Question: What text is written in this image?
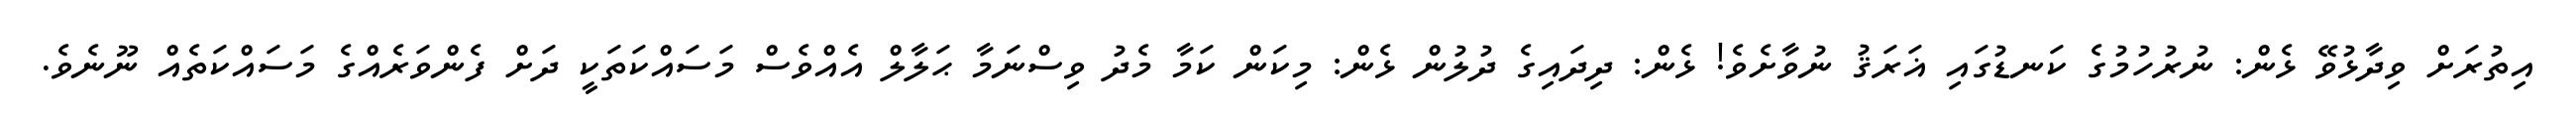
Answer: އިތުރަށް ވިދާޅުވޭ ޅެން: ނުރުހުމުގެ ކަނޑުގައި ޣަރަޤު ނުވާށެވެ! ޅެން: ދިދައިގެ ދުލުން ޅެން: މިކަން ކަމާ މެދު ވިސްނަމާ ޙަލާލް އެއްވެސް މަސައްކަތަކީ ދަށް ފެންވަރެއްގެ މަސައްކަތެއް ނޫނެވެ.